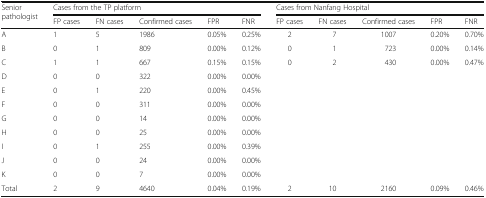
<table><thead><tr><td rowspan="2"><b>Senior pathologist</b></td><td colspan="5"><b>Cases from the TP platform</b></td><td colspan="5"><b>Cases from Nanfang Hospital</b></td></tr><tr><td><b>FP cases</b></td><td><b>FN cases</b></td><td><b>Confirmed cases</b></td><td><b>FPR</b></td><td><b>FNR</b></td><td><b>FP cases</b></td><td><b>FN cases</b></td><td><b>Confirmed cases</b></td><td><b>FPR</b></td><td><b>FNR</b></td></tr></thead><tbody><tr><td>A</td><td>1</td><td>5</td><td>1986</td><td>0.05%</td><td>0.25%</td><td>2</td><td>7</td><td>1007</td><td>0.20%</td><td>0.70%</td></tr><tr><td>B</td><td>0</td><td>1</td><td>809</td><td>0.00%</td><td>0.12%</td><td>0</td><td>1</td><td>723</td><td>0.00%</td><td>0.14%</td></tr><tr><td>C</td><td>1</td><td>1</td><td>667</td><td>0.15%</td><td>0.15%</td><td>0</td><td>2</td><td>430</td><td>0.00%</td><td>0.47%</td></tr><tr><td>D</td><td>0</td><td>0</td><td>322</td><td>0.00%</td><td>0.00%</td><td></td><td></td><td></td><td></td><td></td></tr><tr><td>E</td><td>0</td><td>1</td><td>220</td><td>0.00%</td><td>0.45%</td><td></td><td></td><td></td><td></td><td></td></tr><tr><td>F</td><td>0</td><td>0</td><td>311</td><td>0.00%</td><td>0.00%</td><td></td><td></td><td></td><td></td><td></td></tr><tr><td>G</td><td>0</td><td>0</td><td>14</td><td>0.00%</td><td>0.00%</td><td></td><td></td><td></td><td></td><td></td></tr><tr><td>H</td><td>0</td><td>0</td><td>25</td><td>0.00%</td><td>0.00%</td><td></td><td></td><td></td><td></td><td></td></tr><tr><td>I</td><td>0</td><td>1</td><td>255</td><td>0.00%</td><td>0.39%</td><td></td><td></td><td></td><td></td><td></td></tr><tr><td>J</td><td>0</td><td>0</td><td>24</td><td>0.00%</td><td>0.00%</td><td></td><td></td><td></td><td></td><td></td></tr><tr><td>K</td><td>0</td><td>0</td><td>7</td><td>0.00%</td><td>0.00%</td><td></td><td></td><td></td><td></td><td></td></tr><tr><td>Total</td><td>2</td><td>9</td><td>4640</td><td>0.04%</td><td>0.19%</td><td>2</td><td>10</td><td>2160</td><td>0.09%</td><td>0.46%</td></tr></tbody></table>